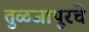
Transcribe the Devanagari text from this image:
तुळजापूरचे